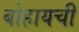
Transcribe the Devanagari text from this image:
बोहायची